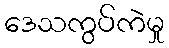
ဒေသကွပ်ကဲမှု